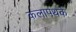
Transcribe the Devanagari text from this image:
कलापथके